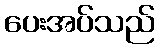
ပေးအပ်သည်